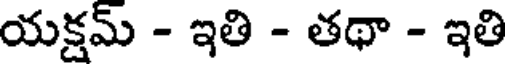
యక్షమ్ - ఇతి - తథా - ఇతి